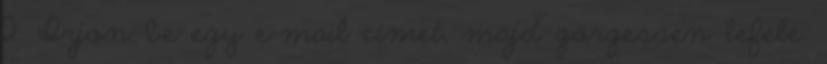
2. Írjon be egy e-mail címet, majd görgessen lefelé.